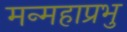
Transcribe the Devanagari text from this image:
मन्महाप्रभु